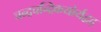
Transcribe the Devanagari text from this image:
चन्द्रचन्द्रिकयोर्यद्वद्